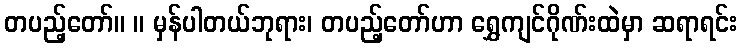
တပည့်တော်။ ။ မှန်ပါတယ်ဘုရား၊ တပည့်တော်ဟာ ရွှေကျင်ဂိုဏ်းထဲမှာ ဆရာရင်း